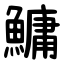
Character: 鱅